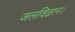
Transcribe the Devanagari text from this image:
जलविज्ञान।